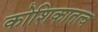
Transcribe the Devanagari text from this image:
कोशिकातत्व